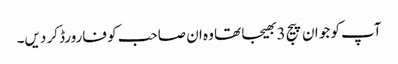
آپ کو جو ان پیج 3 بھیجا تھا وہ ان صاحب کو فارورڈ کر دیں۔